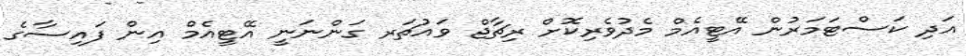
އަދި ކަސްޓަމަރުން އޭޓީއެމް މެދުވެރިކޮށް ރިޗާޖް ވައުޗަރ ގަންނަނީ އޭޓީއެމް އިން ފައިސާގެ